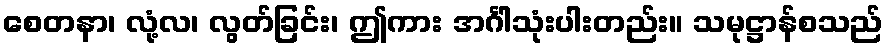
စေတနာ၊ လုံ့လ၊ လွတ်ခြင်း၊ ဤကား အင်္ဂါသုံးပါးတည်း။ သမုဋ္ဌာန်စသည်